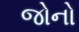
જોનો